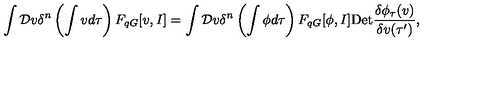
\int { \cal D } v \delta ^ { n } \left( \int v d \tau \right) F _ { q G } [ v , I ] = \int { \cal D } v \delta ^ { n } \left( \int \phi d \tau \right) F _ { q G } [ \phi , I ] \mathrm { D e t } \frac { \delta \phi _ { \tau } ( v ) } { \delta v ( \tau ^ { \prime } ) } ,